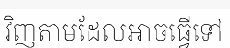
វិញតាមដែលអាចធ្វើទៅ